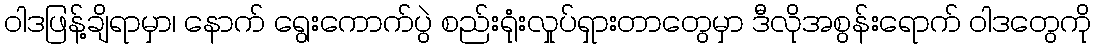
ဝါဒဖြန့်ချိရာမှာ၊ နောက် ရွေးကောက်ပွဲ စည်းရုံးလှုပ်ရှားတာတွေမှာ ဒီလိုအစွန်းရောက် ဝါဒတွေကို